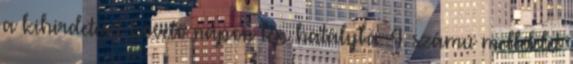
a kihirdetését követő napon lép hatályba. 4. számú melléklet